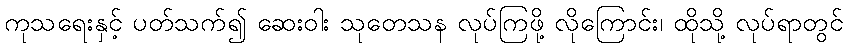
ကုသရေးနှင့် ပတ်သက်၍ ဆေးဝါး သုတေသန လုပ်ကြဖို့ လိုကြောင်း၊ ထိုသို့ လုပ်ရာတွင်